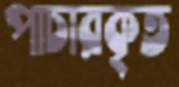
পাচারকৃত